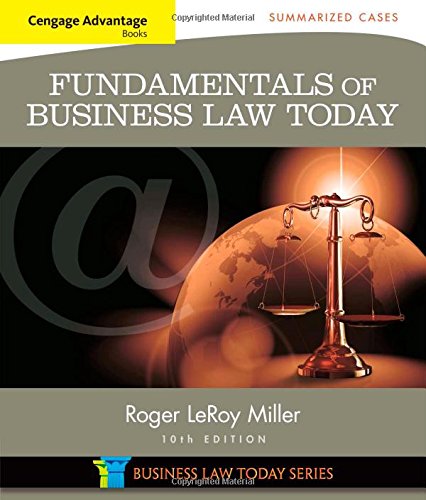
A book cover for Cengage Advantage Books: Fundamentals of Business Law Today: Summarized Cases (Miller Business Law Today Family); Roger LeRoy Miller; Law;